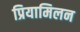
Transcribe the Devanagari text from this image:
प्रियामिलन